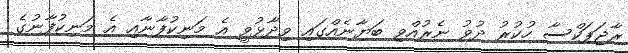
ރާޖަޕަކްސާ ހުކުރު ދުވު ނެރުއްވި ބަޔާނެއްގައި ވިދާޅުވީ އެ މަނިކުފާނާއި އެ މަނިކުފާނުގެ